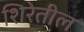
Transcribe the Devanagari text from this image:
शिरेतील